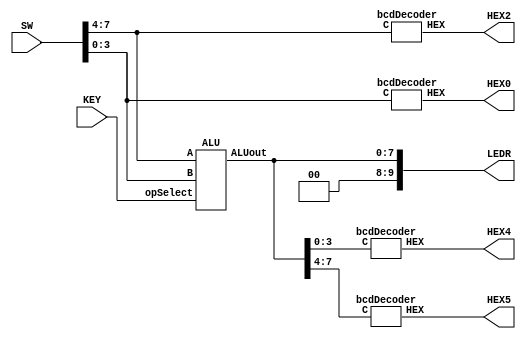
`timescale 1ns / 1ns // `timescale time_unit/time_precision


/* top-level entity for ALU */
module lab3Part3 (input [7:0] SW, input [2:0] KEY, output [9:0] LEDR,
						output [6:0] HEX0, HEX2, HEX4, HEX5);
				
				assign LEDR[9:8] = 2'b00; // LEDR[9] and LEDR[8] are off
				
				wire [7:0] ALUout;
				
				/* 
				 * SW[3:0] is the input B bus
				 * SW[7:4] is the input A bus
				 * KEY[2:0] is the operation selection bus
				 * LEDR[7:0] is the ALU output bus
				 * HEX0, HEX2, HEX4, HEX5 are for display of inputs and output
				 * HEX1 and HEX3 stay off (un-initialized)
				 */
				
				bcdDecoder disp_A (.C(SW[7:4]), .HEX(HEX2)); // display input A
				bcdDecoder disp_B (.C(SW[3:0]), .HEX(HEX0)); // display input B
				
				ALU M1 (.A(SW[7:4]), .B(SW[3:0]), 
						.opSelect(KEY[2:0]), .ALUout(ALUout)); // instantiating ALU
				
				assign LEDR[7:0] = ALUout; // display ALUout bus
				bcdDecoder disp_ALUout_1 (.C(ALUout[3:0]), .HEX(HEX4)); // display on HEX4
				bcdDecoder disp_ALUout_2 (.C(ALUout[7:4]), .HEX(HEX5)); // display on HEX5
				
endmodule // lab3Part2


/* Arithmetic Logic Unit with 7 possible operations */
module ALU (input [3:0] A, B, input [2:0] opSelect, output [7:0] ALUout);
				
				wire [7:0] opOut_0, opOut_1, opOut_2, opOut_3, opOut_4, 
							opOut_5, opOut_6; // 7 8-bit possible outputs of the ALU
				
				// case 0
				fourBitAdder FA_4bit (.A(A), .B(B), .c_in(1'b0), .S(opOut_0[3:0]), 
								.c_out(opOut_0[4])); // modular addition
				assign opOut_0[7:5] = 3'b000; // pad the rest bits to zero
				
				// case 1
				assign opOut_1[4:0] = (A + B); // bitwise addition operator
				assign opOut_1[7:5] = 3'b000; // pad the rest bits to zero
				
				// case 2
				assign opOut_2[3:0] = ~(A & B); // bitwise nand
				assign opOut_2[7:4] = ~(A | B); // bitwise nor
				
				// case 3
				assign opOut_3 = ((A > 0) | (B > 0)) ? (8'b11000000):(8'b00000000);
				
				// case 4
				assign opOut_4 = (((~^A) & (A != 0) & (A != 15)) & // returns 1 if A has 2 ones
									((^B) & (B >= 7) & (B != 8))) // returns 1 if B has 3 ones
									? (8'b00111111):(8'b00000000);
				
				// case 5
				assign opOut_5[7:4] = B;
				assign opOut_5[3:0] = ~A;
				
				// case 6
				assign opOut_6[3:0] = ~(A ^ B); // bitwise xnor
				assign opOut_6[7:4] = (A ^ B); // bitwise xor
				
				// selecting which operation to output using a 7 to 1 multiplexer
				mux7to1 opSelecter_1 (.out0(opOut_0), .out1(opOut_1), .out2(opOut_2), 
											.out3(opOut_3), .out4(opOut_4), .out5(opOut_5), 
											.out6(opOut_6), .MuxSelect(opSelect), .muxOut(ALUout));

endmodule //ALU


/* 7 to 1 multiplexer module */
module mux7to1 (input [7:0] out0, out1, out2, out3, out4, out5, out6, 
					input [2:0] MuxSelect, output reg [7:0] muxOut);
				
				/*
				 * always statement implementing the 
				 * the combinational logic for selecting signals
				 */
				
				always @(*)
				begin
					case (MuxSelect[2:0])
						
						// inverted MuxSelect bits for input through KEY
						3'b111: muxOut = out0; // output of operation 0
						3'b110: muxOut = out1; // output of operation 1
						3'b101: muxOut = out2; // output of operation 2
						3'b100: muxOut = out3; // output of operation 3
						3'b011: muxOut = out4; // output of operation 4
						3'b010: muxOut = out5; // output of operation 5
						3'b001: muxOut = out6; // output of operation 6
						default: muxOut = 8'b00000000; // default case
					
					endcase
				end
				
endmodule // mux7to1


/* 4-bit adder module */
module fourBitAdder (input [3:0] A, B, input c_in, 
							output [3:0] S, output c_out);

				wire [2:0] C; // carry-pin vector
				
				// check schematic for wiring
				fullAdder bit0 (.c_in(c_in), .a(A[0]), .b(B[0]), .s(S[0]), .c_out(C[0]));
				fullAdder bit1 (.c_in(C[0]), .a(A[1]), .b(B[1]), .s(S[1]), .c_out(C[1]));
				fullAdder bit2 (.c_in(C[1]), .a(A[2]), .b(B[2]), .s(S[2]), .c_out(C[2]));
				fullAdder bit3 (.c_in(C[2]), .a(A[3]), .b(B[3]), .s(S[3]), .c_out(c_out));

endmodule // fourBitAdder


/* full adder module */
module fullAdder (input c_in, a, b, output s, c_out);

				assign s = (a ^ b ^ c_in); // odd function for sum bit
				assign c_out = ((a & b) | (a & c_in) | (b & c_in)); // majority function for carry-out bit

endmodule // fullAdder


/* BCD to common-anode seven-segment display decoder */
module bcdDecoder (input [3:0] C, output [6:0] HEX);

				// maxterms for every segment LEDs with common anode
				assign HEX[0] = !((C[3]|C[2]|C[1]|!C[0]) & (C[3]|!C[2]|C[1]|C[0]) & 
								(!C[3]|C[2]|!C[1]|!C[0]) & (!C[3]|!C[2]|C[1]|!C[0]));
								
				assign HEX[1] = !((C[3]|!C[2]|C[1]|!C[0]) & (C[3]|!C[2]|!C[1]|C[0]) & 
								(!C[3]|C[2]|!C[1]|!C[0]) & (!C[3]|!C[2]|C[1]|C[0]) & 
								(!C[3]|!C[2]|!C[1]|C[0]) & (!C[3]|!C[2]|!C[1]|!C[0]));
								
				assign HEX[2] = !((C[3]|C[2]|!C[1]|C[0]) & (!C[3]|!C[2]|C[1]|C[0]) & 
								(!C[3]|!C[2]|!C[1]|C[0]) & (!C[3]|!C[2]|!C[1]|!C[0]));
								
				assign HEX[3] = !((C[3]|C[2]|C[1]|!C[0]) & (C[3]|!C[2]|C[1]|C[0]) & 
								(C[3]|!C[2]|!C[1]|!C[0]) & (!C[3]|C[2]|C[1]|!C[0]) & 
								(!C[3]|C[2]|!C[1]|C[0]) & (!C[3]|!C[2]|!C[1]|!C[0]));
								
				assign HEX[4] = !((C[3]|C[2]|C[1]|!C[0]) & (C[3]|C[2]|!C[1]|!C[0]) & 
								(C[3]|!C[2]|C[1]|C[0]) & (C[3]|!C[2]|C[1]|C[0]) &
								(C[3]|!C[2]|C[1]|!C[0]) & (C[3]|!C[2]|!C[1]|!C[0]) &
								(!C[3]|C[2]|C[1]|!C[0]));
								
				assign HEX[5] = !((C[3]|C[2]|C[1]|!C[0]) & (C[3]|C[2]|!C[1]|C[0]) & 
								(C[3]|C[2]|!C[1]|!C[0]) & (C[3]|!C[2]|!C[1]|!C[0]) & 
								(!C[3]|!C[2]|C[1]|!C[0]));
								
				assign HEX[6] = !((C[3]|C[2]|C[1]|C[0]) & (C[3]|C[2]|C[1]|!C[0]) & 
								(C[3]|!C[2]|!C[1]|!C[0]) & (!C[3]|!C[2]|C[1]|C[0]));

endmodule // bcdDecoder